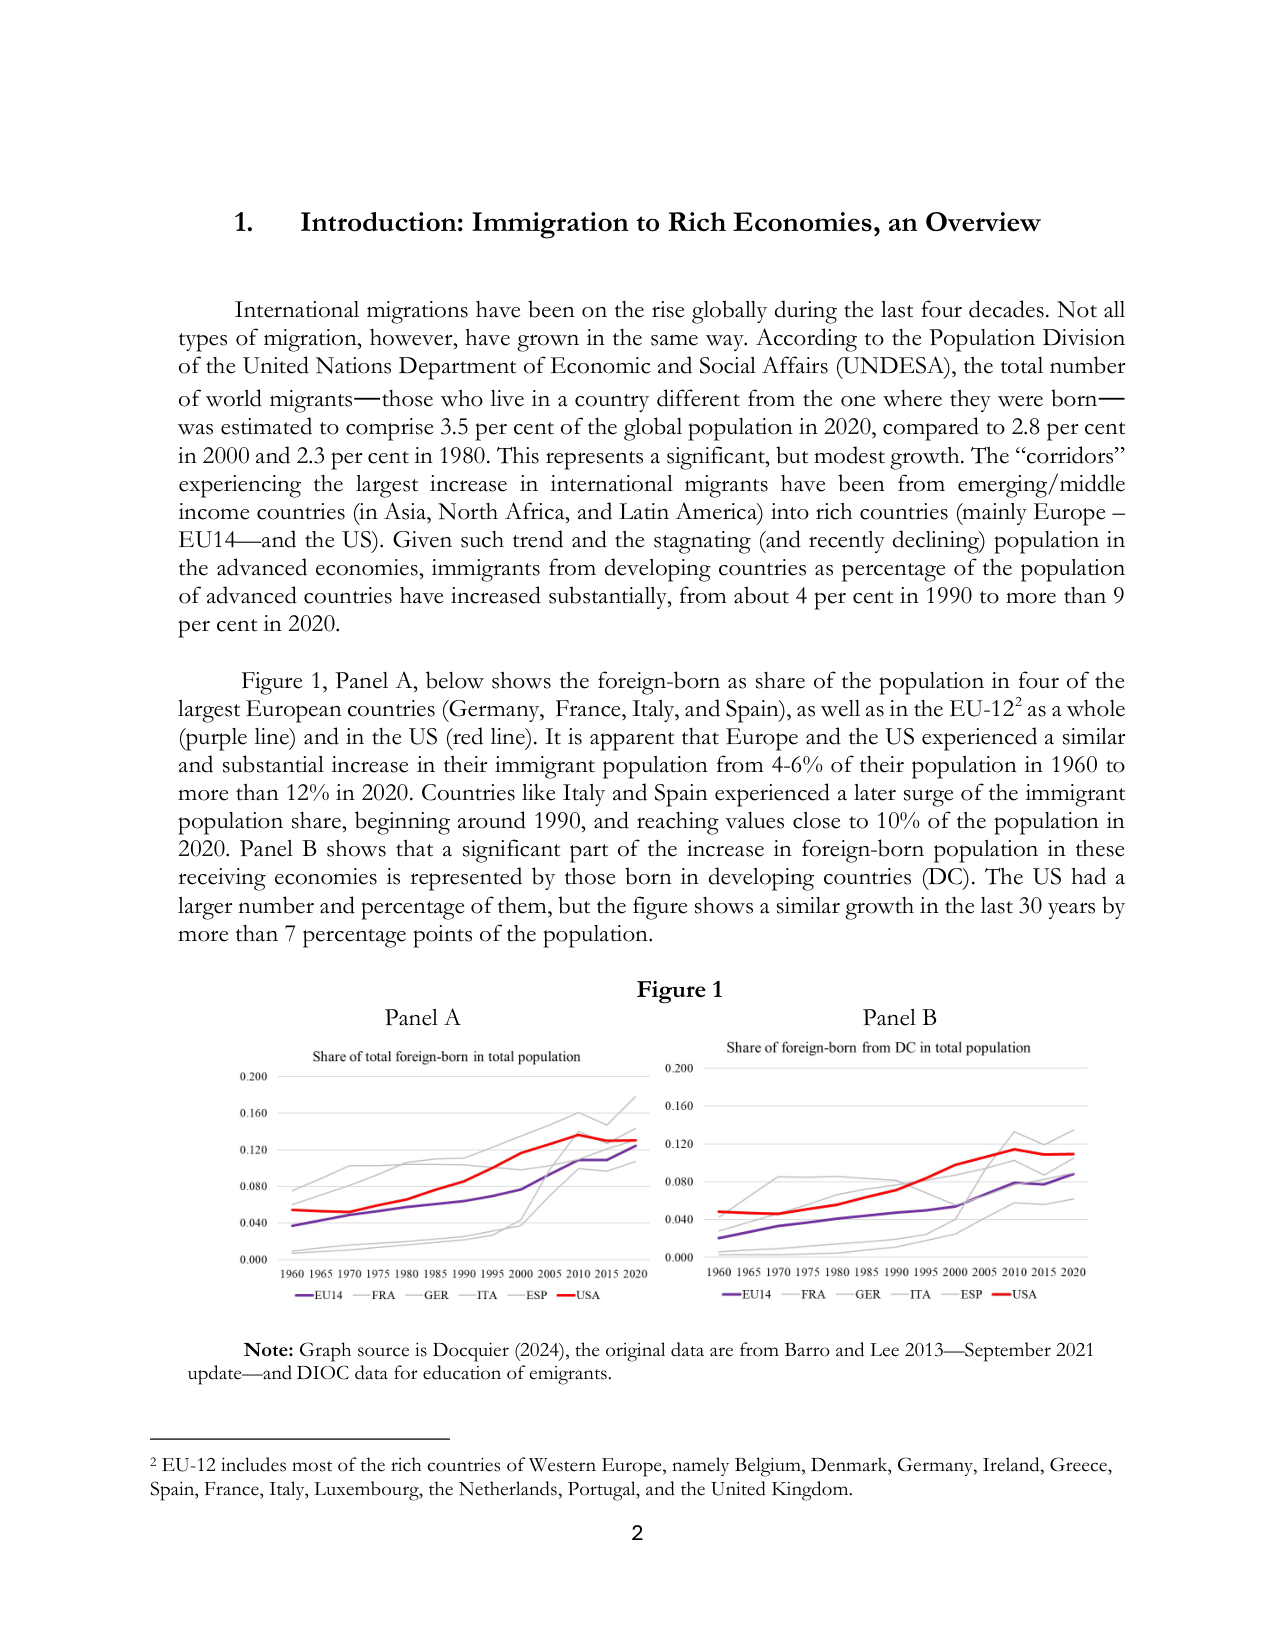
1. Introduction: Immigration to Rich Economies, an Overview

International migrations have been on the rise globally during the last four decades. Not all types of migration, however, have grown in the same way. According to the Population Division of the United Nations Department of Economic and Social Affairs (UNDESA), the total number of world migrants—those who live in a country different from the one where they were born—was estimated to comprise 3.5 per cent of the global population in 2020, compared to 2.8 per cent in 2000 and 2.3 per cent in 1980. This represents a significant, but modest growth. The “corridors” experiencing the largest increase in international migrants have been from emerging/middle income countries (in Asia, North Africa, and Latin America) into rich countries (mainly Europe – EU14—and the US). Given such trend and the stagnating (and recently declining) population in the advanced economies, immigrants from developing countries as percentage of the population of advanced countries have increased substantially, from about 4 per cent in 1990 to more than 9 per cent in 2020.

Figure 1, Panel A, below shows the foreign-born as share of the population in four of the largest European countries (Germany, France, Italy, and Spain), as well as in the EU-12² as a whole (purple line) and in the US (red line). It is apparent that Europe and the US experienced a similar and substantial increase in their immigrant population from 4-6% of their population in 1960 to more than 12% in 2020. Countries like Italy and Spain experienced a later surge of the immigrant population share, beginning around 1990, and reaching values close to 10% of the population in 2020. Panel B shows that a significant part of the increase in foreign-born population in these receiving economies is represented by those born in developing countries (DC). The US had a larger number and percentage of them, but the figure shows a similar growth in the last 30 years by more than 7 percentage points of the population.

Figure 1
Panel A
Share of total foreign-born in total population
0.200
0.160
0.120
0.080
0.040
0.000
1960 1965 1970 1975 1980 1985 1990 1995 2000 2005 2010 2015 2020
—EU14 —FRA —GER —ITA —ESP —USA

Panel B
Share of foreign-born from DC in total population
0.200
0.160
0.120
0.080
0.040
0.000
1960 1965 1970 1975 1980 1985 1990 1995 2000 2005 2010 2015 2020
—EU14 —FRA —GER —ITA —ESP —USA

Note: Graph source is Docquier (2024), the original data are from Barro and Lee 2013—September 2021 update—and DIOC data for education of emigrants.

² EU-12 includes most of the rich countries of Western Europe, namely Belgium, Denmark, Germany, Ireland, Greece, Spain, France, Italy, Luxembourg, the Netherlands, Portugal, and the United Kingdom.

2